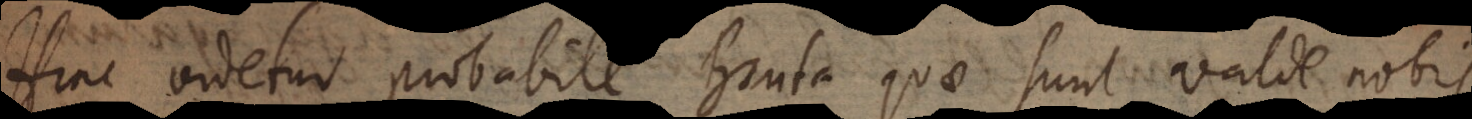
Hinc videtur probabile Bruta quae sunt valde nobis